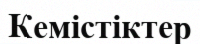
Кемістіктер